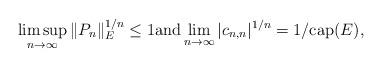
LaTeX: \begin{align*} \limsup_{n\to\infty} \|P_n\|_E^{1/n} \le 1 \mbox{and} \lim_{n \rightarrow \infty} |c_{n,n}|^{1/n}=1/\textup{cap}(E),\end{align*}